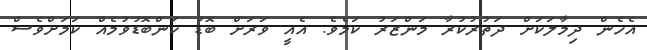
އެހެން ދިމާލަކަށް ދަތުރުކުރާ މަންޒަރު ކަމެވެ. އެެއީ ވަރަށް ބޮޑު ކަންބޮޑުވުމެއް ކަމަށްވެސް